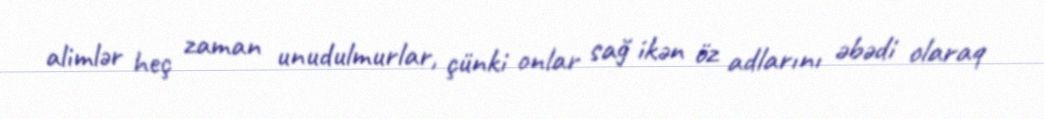
alimlər heç zaman unudulmurlar, çünki onlar sağ ikən öz adlarını əbədi olaraq